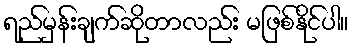
ရည်မှန်းချက်ဆိုတာလည်း မဖြစ်နိုင်ပါ။